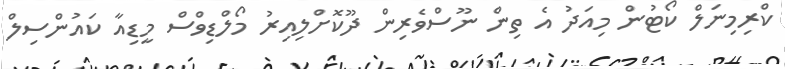
ކްރިމިނަލް ކޯޓުން މިއަދު އެ ތިން ނޫސްވެރިން ދޫކޮށްލިއިރު މޯލްޑިވްސް މީޑިއާ ކައުންސިލް